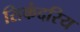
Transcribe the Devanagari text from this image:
सिकंदरिय